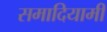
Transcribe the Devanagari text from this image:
समादियामी